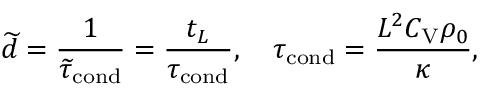
\widetilde { d } = \frac { 1 } { \widetilde { \tau } _ { \mathrm { c o n d } } } = \frac { t _ { L } } { \tau _ { \mathrm { c o n d } } } , \quad \tau _ { \mathrm { c o n d } } = \frac { L ^ { 2 } C _ { \mathrm { V } } \rho _ { 0 } } { \kappa } ,